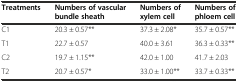
| Treatments | Numbers of vascular bundle sheath | Numbers of xylem cell | Numbers of phloem cell |
 | --- | --- | --- | --- |
 | C1 | 20.3 ± 0.57** | 37.3 ± 2.08* | 35.7 ± 0.57** |
 | T1 | 22.7 ± 0.57 | 40.0 ± 3.61 | 36.3 ± 0.33** |
 | C2 | 19.7 ± 1.15** | 42.0 ± 1.00 | 41.7 ± 2.03 |
 | T2 | 20.7 ± 0.57* | 33.0 ± 1.00** | 33.7 ± 0.33** |